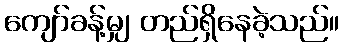
ကျော်ခန့်မျှ တည်ရှိနေခဲ့သည်။